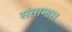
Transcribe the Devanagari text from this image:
संतानास